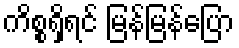
ကိစ္စရှိရင် မြန်မြန်ပြော